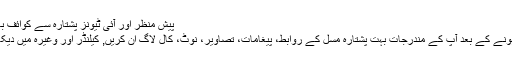
پیش منظر اور آئی ٹیونز پشتارہ سے کوائف باز یافت کریں
سکین مکمل ہونے کے بعد آپ کے مندرجات بہت پشتارہ مسل کے روابط، پیغامات، تصاویر، نوٹ، کال لاگ ان کریں, کیلنڈر اور وغیرہ میں دیکھ سکتے ہیں ۔